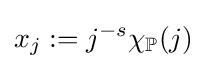
x_{j}:=j^{-s}\chi _{\mathbb {P} }(j)